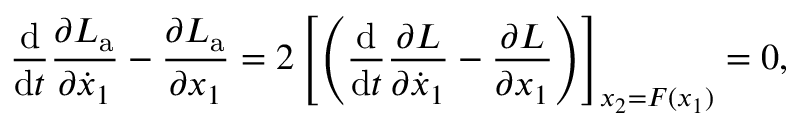
\frac { \mathrm { d } } { \mathrm { d } t } \frac { \partial L _ { \mathrm { a } } } { \partial \dot { x } _ { 1 } } - \frac { \partial L _ { \mathrm { a } } } { \partial x _ { 1 } } = 2 \left[ \left( \frac { \mathrm { d } } { \mathrm { d } t } \frac { \partial L } { \partial \dot { x } _ { 1 } } - \frac { \partial L } { \partial x _ { 1 } } \right) \right] _ { x _ { 2 } = F ( x _ { 1 } ) } = 0 ,